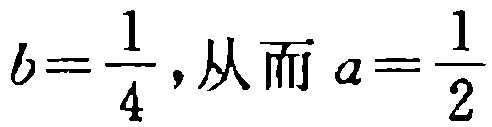
\(b=\frac{1}{4},从而 a=\frac{1}{2}\)